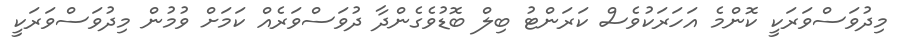
މިދުވަސްވަރަކީ ކޮންމެ އަހަރަކުވެސް ކަރަންޓު ބިލް ބޮޑުވެގެންދާ ދުވަސްވަރެއް ކަމަށް ވުމުން މިދުވަސްވަރަކީ